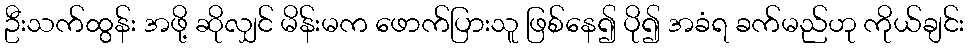
ဦးသက်ထွန်း အဖို့ ဆိုလျှင် မိန်းမက ဖောက်ပြားသူ ဖြစ်နေ၍ ပို၍ အခံရ ခက်မည်ဟု ကိုယ်ချင်း